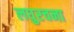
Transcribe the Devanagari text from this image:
लघुरचना